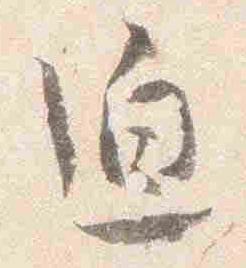
迫